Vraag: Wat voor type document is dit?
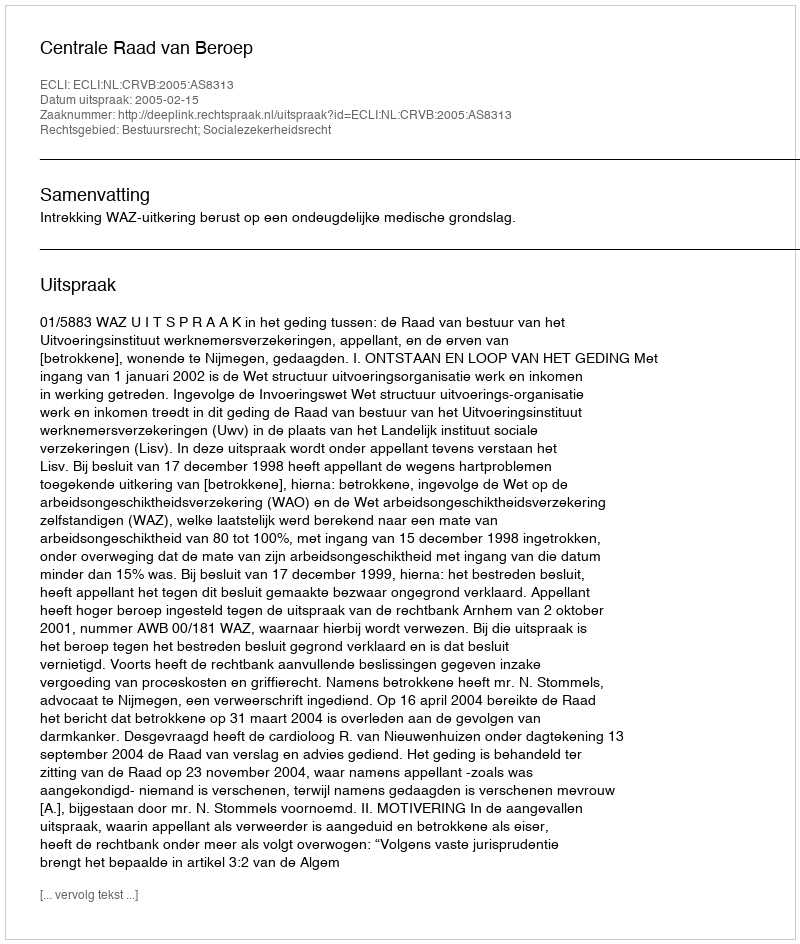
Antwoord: Uitspraak